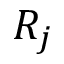
R _ { j }